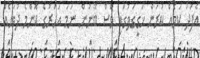
އެފަދަ ކަމެއް ކުރަން ހަގީގަތުގައި ވެސް ބޭނުން ނަމަ އަހަރުގެ ކޮންމެ ދުވަހެއް